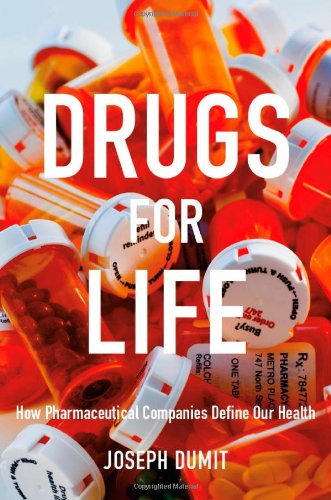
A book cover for Drugs for Life: How Pharmaceutical Companies Define Our Health (Experimental Futures); Joseph Dumit; Medical Books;